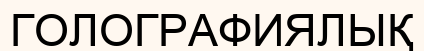
ГОЛОГРАФИЯЛЫҚ